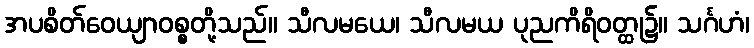
အပစိတ်ဝေယျာဝစ္စတို့သည်။ သီလမယေ၊ သီလမယ ပုညကိရိဝတ္ထု၌။ သင်္ဂဟံ၊